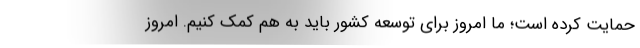
حمایت کرده است؛ ما امروز برای توسعه کشور باید به هم کمک کنیم. امروز